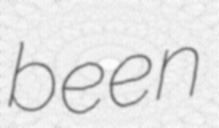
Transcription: been